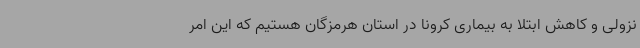
نزولی و کاهش ابتلا به بیماری کرونا در استان هرمزگان هستیم که این امر